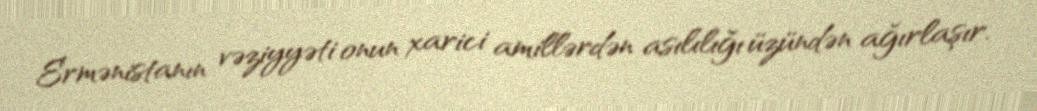
Ermənistanın vəziyyəti onun xarici amillərdən asılılığı üzündən ağırlaşır.